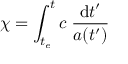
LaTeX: \chi = \int _ { t _ { e } } ^ { t } c \; { \frac { \mathrm { d } t ^ { \prime } } { a ( t ^ { \prime } ) } }